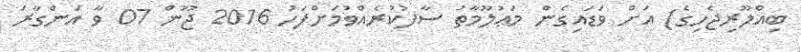
ބިއްލޫރިޖެހިގެ) އަށް ވަޑައިގެން މަޢުލޫމާތު ސާފުކުރެއްވުމަށްފަހު 2016 ޖޫން 07 ވާ އަންގާރަ